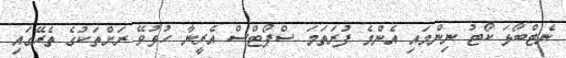
ނެޓްބޯޅަ ކޯޓު ނިންމައި އެންމެ ފުރަތަަމަ ސްޕޯޓްސް އެރީނާ ހުޅުވޭ ރަށްތަކުގެ ތެރޭގައި